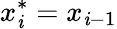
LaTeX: x_{\mathit{i}}^{*}=x_{\mathit{i}-1}